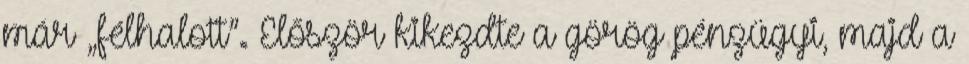
már „félhalott”. Először kikezdte a görög pénzügyi, majd a